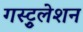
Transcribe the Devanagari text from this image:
गस्ट्रुलेशन